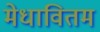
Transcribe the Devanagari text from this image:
मेधावितम